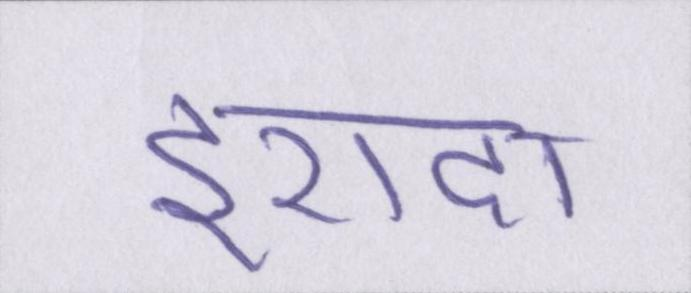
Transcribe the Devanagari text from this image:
इरादा